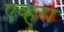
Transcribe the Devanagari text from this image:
एव्हरा